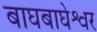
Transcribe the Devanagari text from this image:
बाघबाघेश्वर